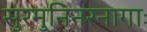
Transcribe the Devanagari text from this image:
सुरमुनिनरनागाः